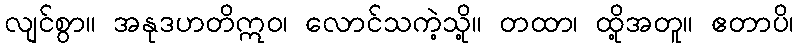
လျင်စွာ။ အနုဒဟတိဣဝ၊ လောင်သကဲ့သို့။ တထာ၊ ထို့အတူ။ ဧတာပိ၊